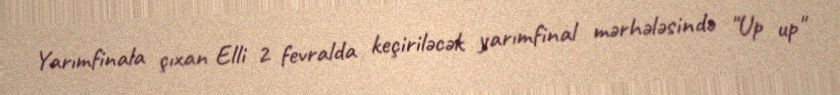
Yarımfinala çıxan Elli 2 fevralda keçiriləcək yarımfinal mərhələsində "Up up"